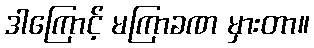
ဒါကြောင့် မကြာခဏ မှားတာ။